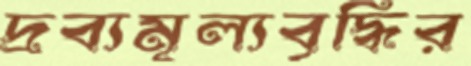
দ্রব্যমূল্যবৃদ্ধির